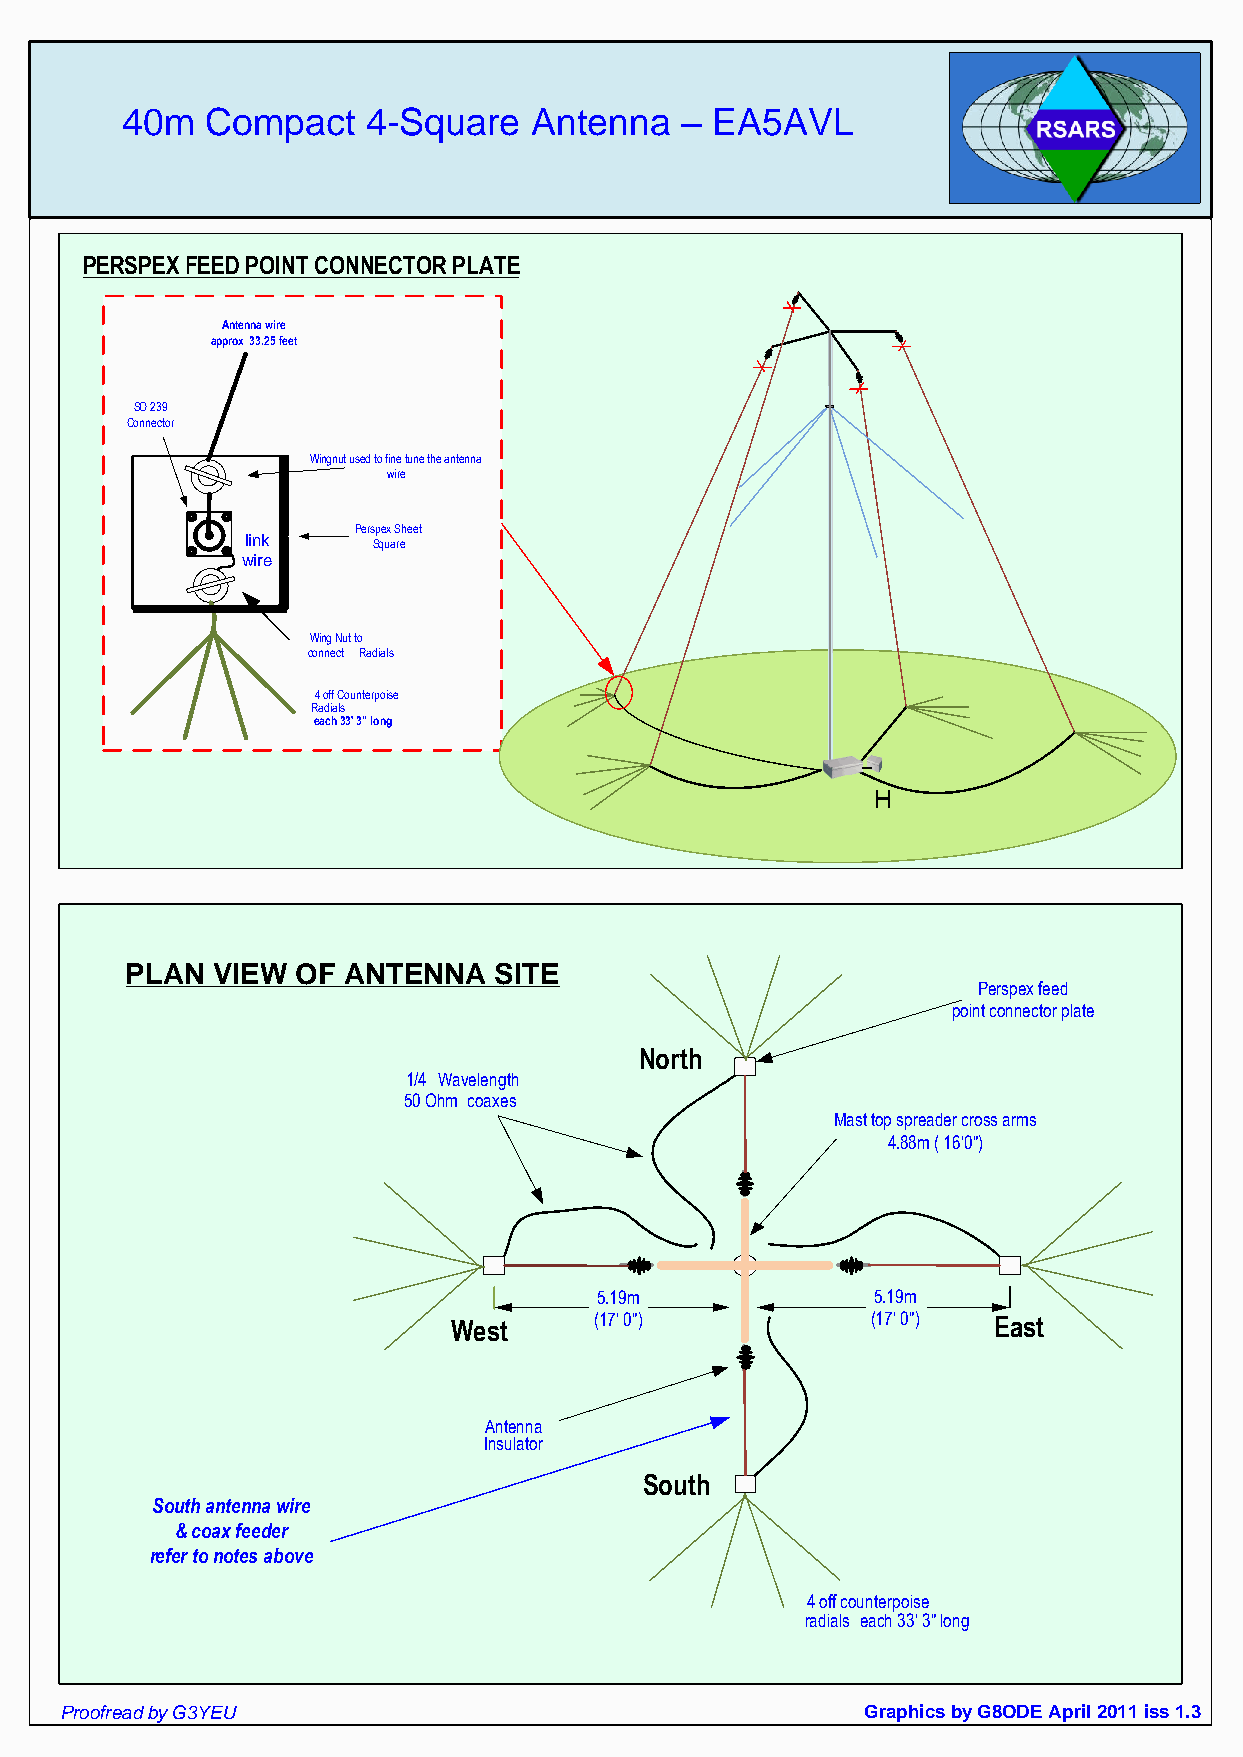
40m   Compact   4-Square   Antenna   – EA5AVL
 PERSPEX FEED POINT CONNECTOR PLATE
 Antenna wire
 approx 33.25 feet
 SO 239
 Connector
 Wingnut used to fine tune the antenna
 wire
 Perspex Sheet
 link     Square
 wire
 Wing Nut to
 connect Radials
 4 off Counterpoise
 Radials
 each 33' 3" long
 H
 PLAN  VIEW  OF ANTENNA   SITE
 Perspex feed
 point connector plate
 North
 1/4 Wavelength
 50 Ohm coaxes
 Mast top spreader cross arms
 4.88m ( 16'0")
 5.19m             5.19m
 West     (17' 0")           (17' 0") East
 Antenna
 Insulator
 South
 South antenna wire
 & coax feeder
 refer to notes above
 4 off counterpoise
 radials each 33' 3" long
 Proofread by G3YEU                                   Graphics by G8ODE April 2011 iss 1.3